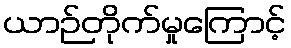
ယာဉ်တိုက်မှုကြောင့်